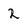
Character: 2